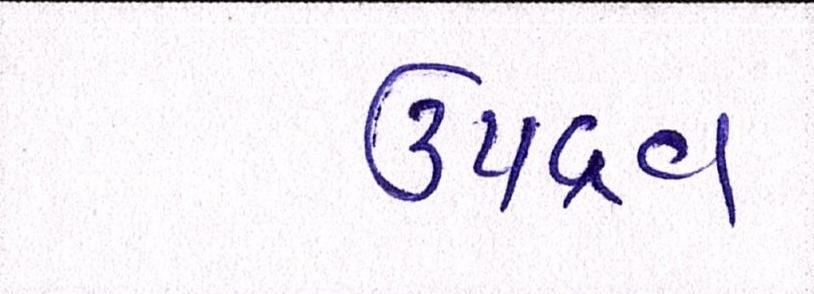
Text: ઉપદ્રવ